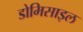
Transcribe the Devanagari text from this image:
डोमिसाइल